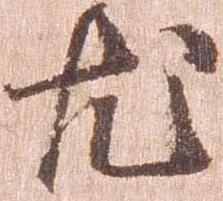
尤